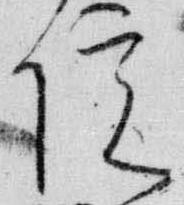
院